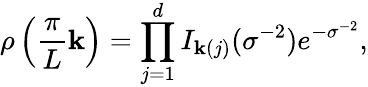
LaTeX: \rho\left(\frac{\pi}{L}\mathbf{k}\right)=\prod_{j=1}^{d}I_{\mathbf{k}(j)}(\sigma^{-2})e^{-\sigma^{-2}},